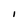
Character: l